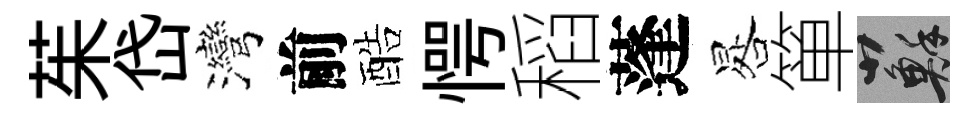
茱岱灣前酷愕稻蓬晷箪蘇